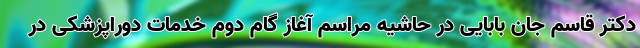
دکتر قاسم جان بابایی در حاشیه مراسم آغاز گام دوم خدمات دوراپزشکی در